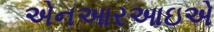
એનઆરઆઇએ